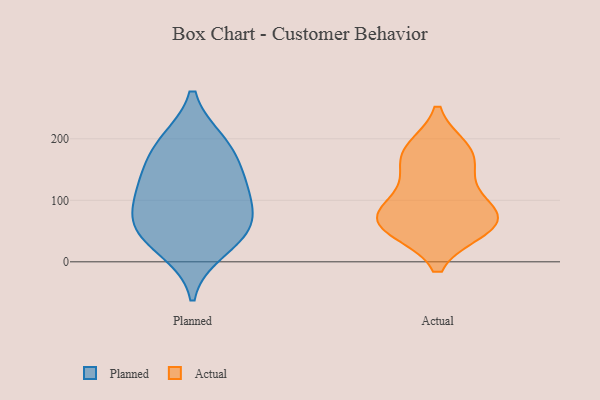
{"axis": {"x": "Energy Usage (MWh)", "y": "Value"}, "legend": ["Actual", "Planned"], "data": [{"x": "", "y": 192, "type": "Planned"}, {"x": "", "y": 132, "type": "Planned"}, {"x": "", "y": 47, "type": "Planned"}, {"x": "", "y": 60, "type": "Planned"}, {"x": "", "y": 19, "type": "Planned"}, {"x": "", "y": 92, "type": "Planned"}, {"x": "", "y": 195, "type": "Planned"}, {"x": "", "y": 113, "type": "Planned"}, {"x": "", "y": 58, "type": "Planned"}, {"x": "", "y": 150, "type": "Planned"}, {"x": "", "y": 61, "type": "Actual"}, {"x": "", "y": 57, "type": "Actual"}, {"x": "", "y": 94, "type": "Actual"}, {"x": "", "y": 72, "type": "Actual"}, {"x": "", "y": 72, "type": "Actual"}, {"x": "", "y": 54, "type": "Actual"}, {"x": "", "y": 182, "type": "Actual"}, {"x": "", "y": 167, "type": "Actual"}, {"x": "", "y": 128, "type": "Actual"}, {"x": "", "y": 178, "type": "Actual"}]}